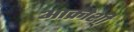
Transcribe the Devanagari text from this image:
आक्रोशी